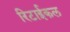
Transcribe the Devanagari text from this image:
रिटाईकल